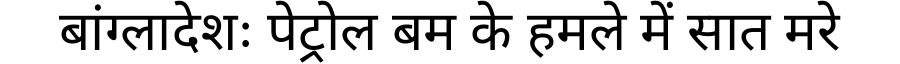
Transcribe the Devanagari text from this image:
बांग्लादेशः पेट्रोल बम के हमले में सात मरे